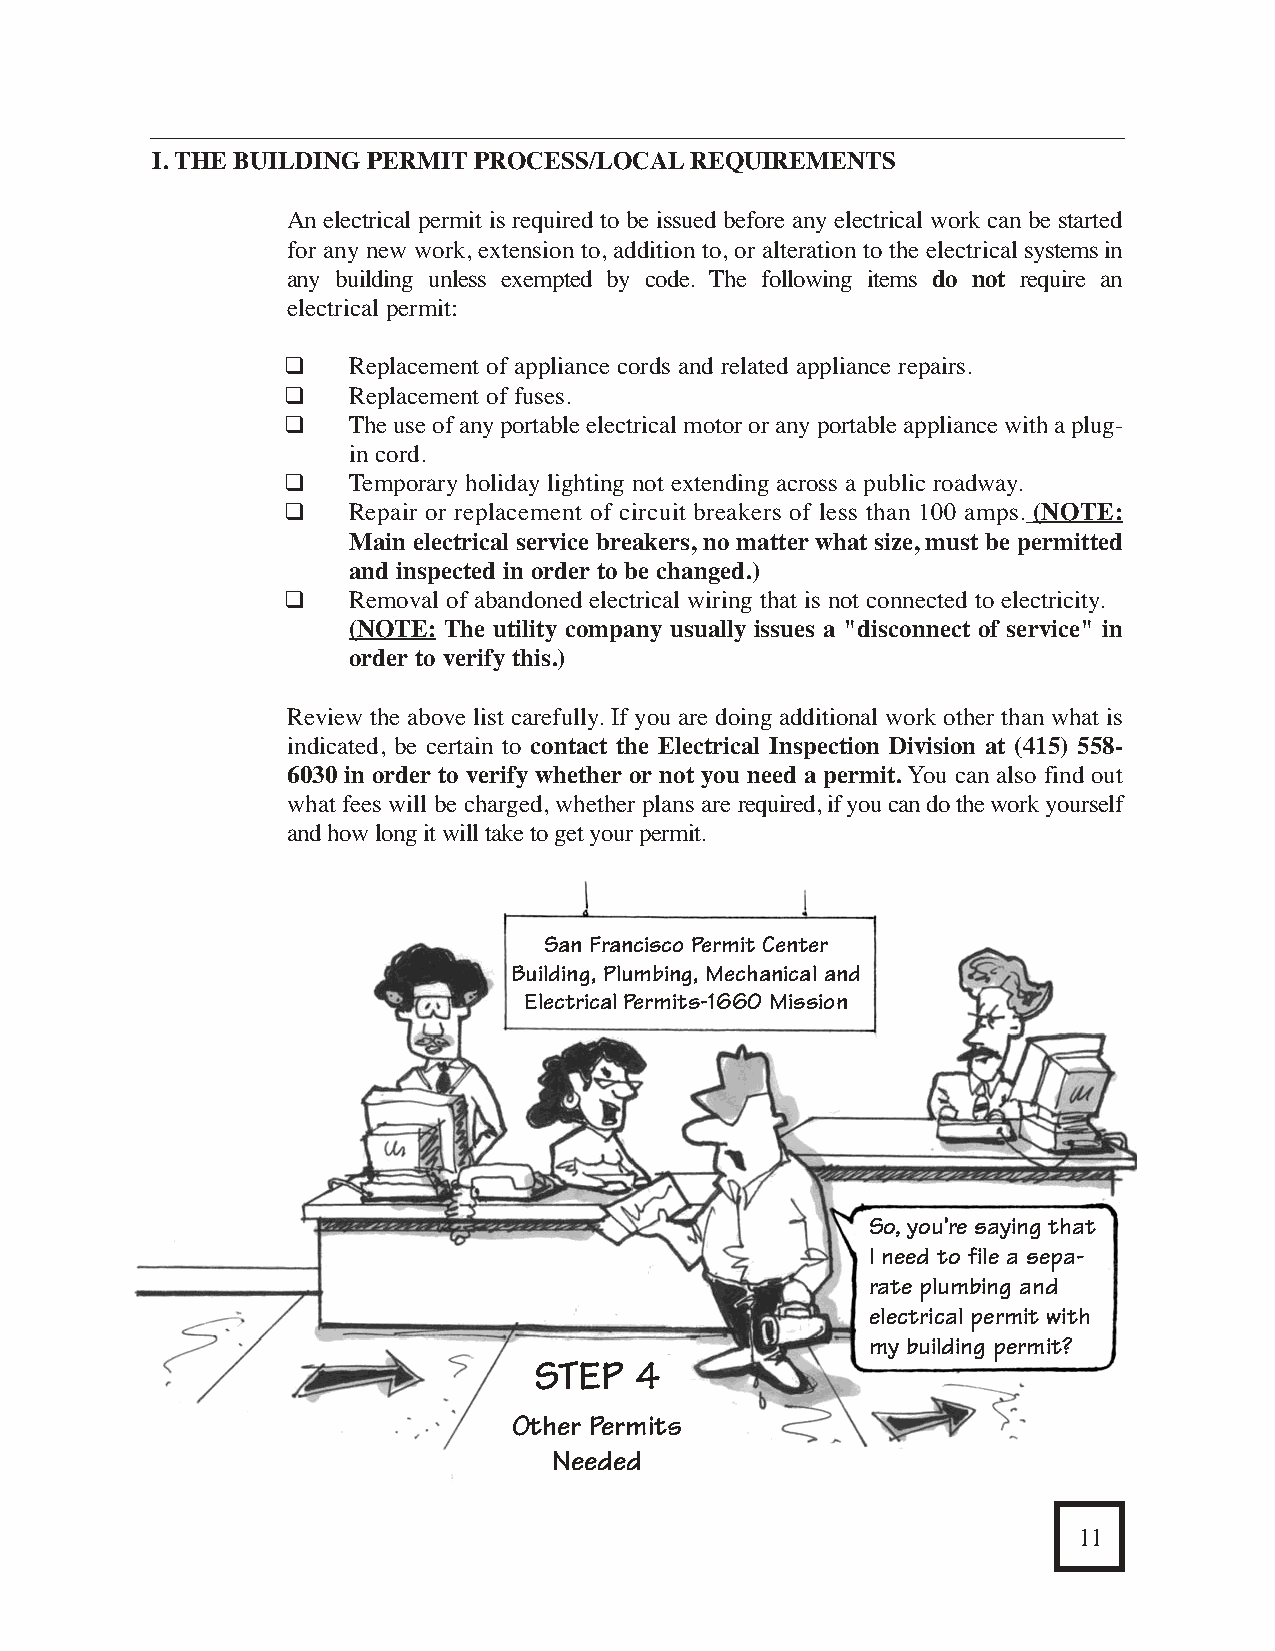
VI. RESOURCE DIRECTORY        Other Related Organizations and Agencies              I. THE BUILDING PERMIT PROCESS/LOCALREQUIREMENTS
 An electrical permit is required to be issued before any electrical work can be started
 Parking Permits.................................................................................................. (415) 554-5000
 for any new work, extension to, addition to, or alteration to the electrical systems in
 any building unless exempted by code. The following items do not require an
 Planning Department......................................................................................... (415) 558-6378 electrical permit:
 Planning Commission............................................................................. (415) 558-6422
 ❑    Replacement of appliance cords and related appliance repairs.
 ❑    Replacement of fuses.
 Police Department                                                                            ❑    The use of any portable electrical motor or any portable appliance with a plug-
 in cord.
 Permits (Entertainment, Cabaret Licenses)............................................ (415) 553-1115
 ❑    Temporary holiday lighting not extending across a public roadway.
 Noise Abatement/Nuisance..................................................................... (415) 553-1012 ❑ Repair or replacement of circuit breakers of less than 100 amps. (NOTE:
 Main electrical service breakers, no matterwhat size, must be permitted
 and inspected in order to be changed.)
 Port Commission................................................................................................ (415) 274-0400
 ❑    Removal of abandoned electrical wiring that is not connected to electricity.
 (NOTE: The utility company usually issues a "disconnect of service" in
 order to verify this.)
 Public Utilities Commission............................................................................... (415) 554-3160
 Review the above list carefully. If you are doing additional work other than what is
 Public Works                                                                                 indicated, be certain to contact the Electrical Inspection Division at (415) 558-
 6030 in order to verify whether or not you need a permit.You can also find out
 General.................................................................................................... (415) 695-2020
 what fees will be charged, whether plans are required, if you can do the work yourself
 Street Space Use...................................................................................... (415) 558-6060
 and how long it will take to get your permit.
 Street Use and Mapping.......................................................................... (415) 554-5800
 Redevelopment Board......................................................................................... (415) 749-2400 San Francisco Permit Center
 Building, Plumbing, Mechanical and
 Electrical Permits-1660 Mission
 Rent Board - Residential Landlord/Tenant.......................................................... (415) 252-4600
 Sewer Repair........................................................................................................ (415) 695-2096
 State Industrial Permit
 Elevator Inspections................................................................................. (415) 703-5250
 So, you’re saying that
 Occupational Safety and Health/CALOSHA........................................... (415) 703-5100                               I need to file a sepa-
 rate plumbing and
 electrical permit with
 Street Lights......................................................................................................... (415) 554-0729
 my building permit?
 STEP  4
 Other Permits
 Needed
 38                                                                                                                                              11